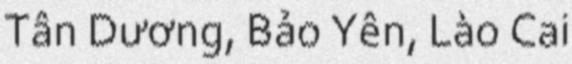
Tân Dương, Bảo Yên, Lào Cai